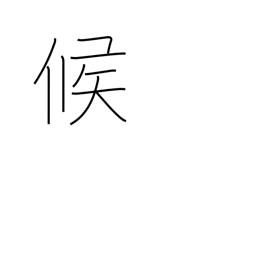
Meaning: weather